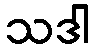
သဒါ